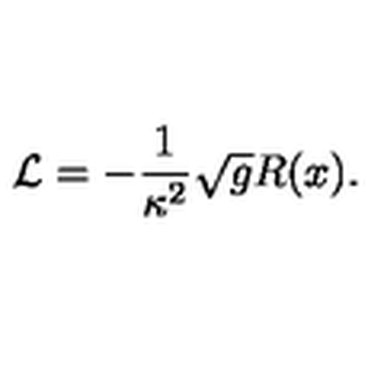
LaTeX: { \cal L } = - \frac { 1 } { \kappa ^ { 2 } } \sqrt { g } R ( x ) .